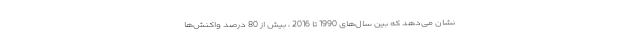
نشان می‌دهد که بین سال‌های 1990 تا 2016 ، بیش از 80 درصد واکنش‌ها